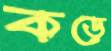
কড়ে